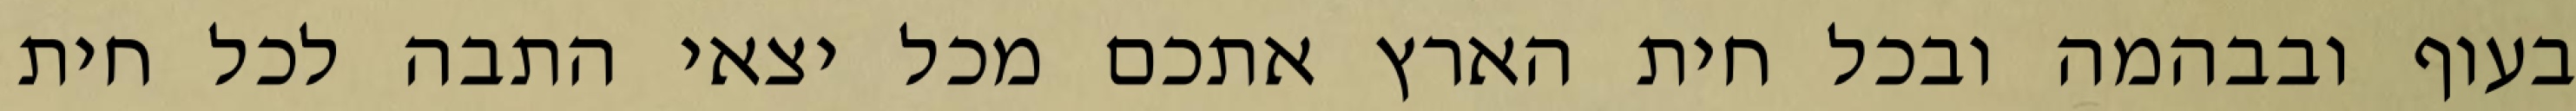
בעוף ובבהמה ובכל חית הארץ אתכם מכל יצאי התבה לכל חית